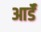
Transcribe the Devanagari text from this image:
आर्डॅ